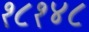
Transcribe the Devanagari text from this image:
१८१४८